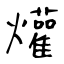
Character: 爟